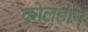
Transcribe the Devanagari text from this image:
कोलहान्